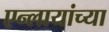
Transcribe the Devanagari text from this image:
एन्लायांच्या